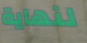
لنهاية